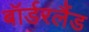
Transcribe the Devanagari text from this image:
बॉर्डरलैंड